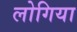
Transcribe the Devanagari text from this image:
लोगिया